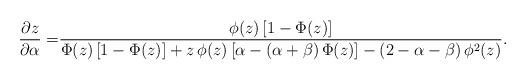
LaTeX: \begin{align*}\frac{\partial z}{\partial \alpha}=&\frac{\phi(z)\,[1-\Phi(z)]}{\Phi(z)\,[1-\Phi(z)]+ z\,\phi(z)\left[\alpha-(\alpha + \beta)\,\Phi(z)\right]-(2-\alpha-\beta)\,\phi^2(z)}.\end{align*}